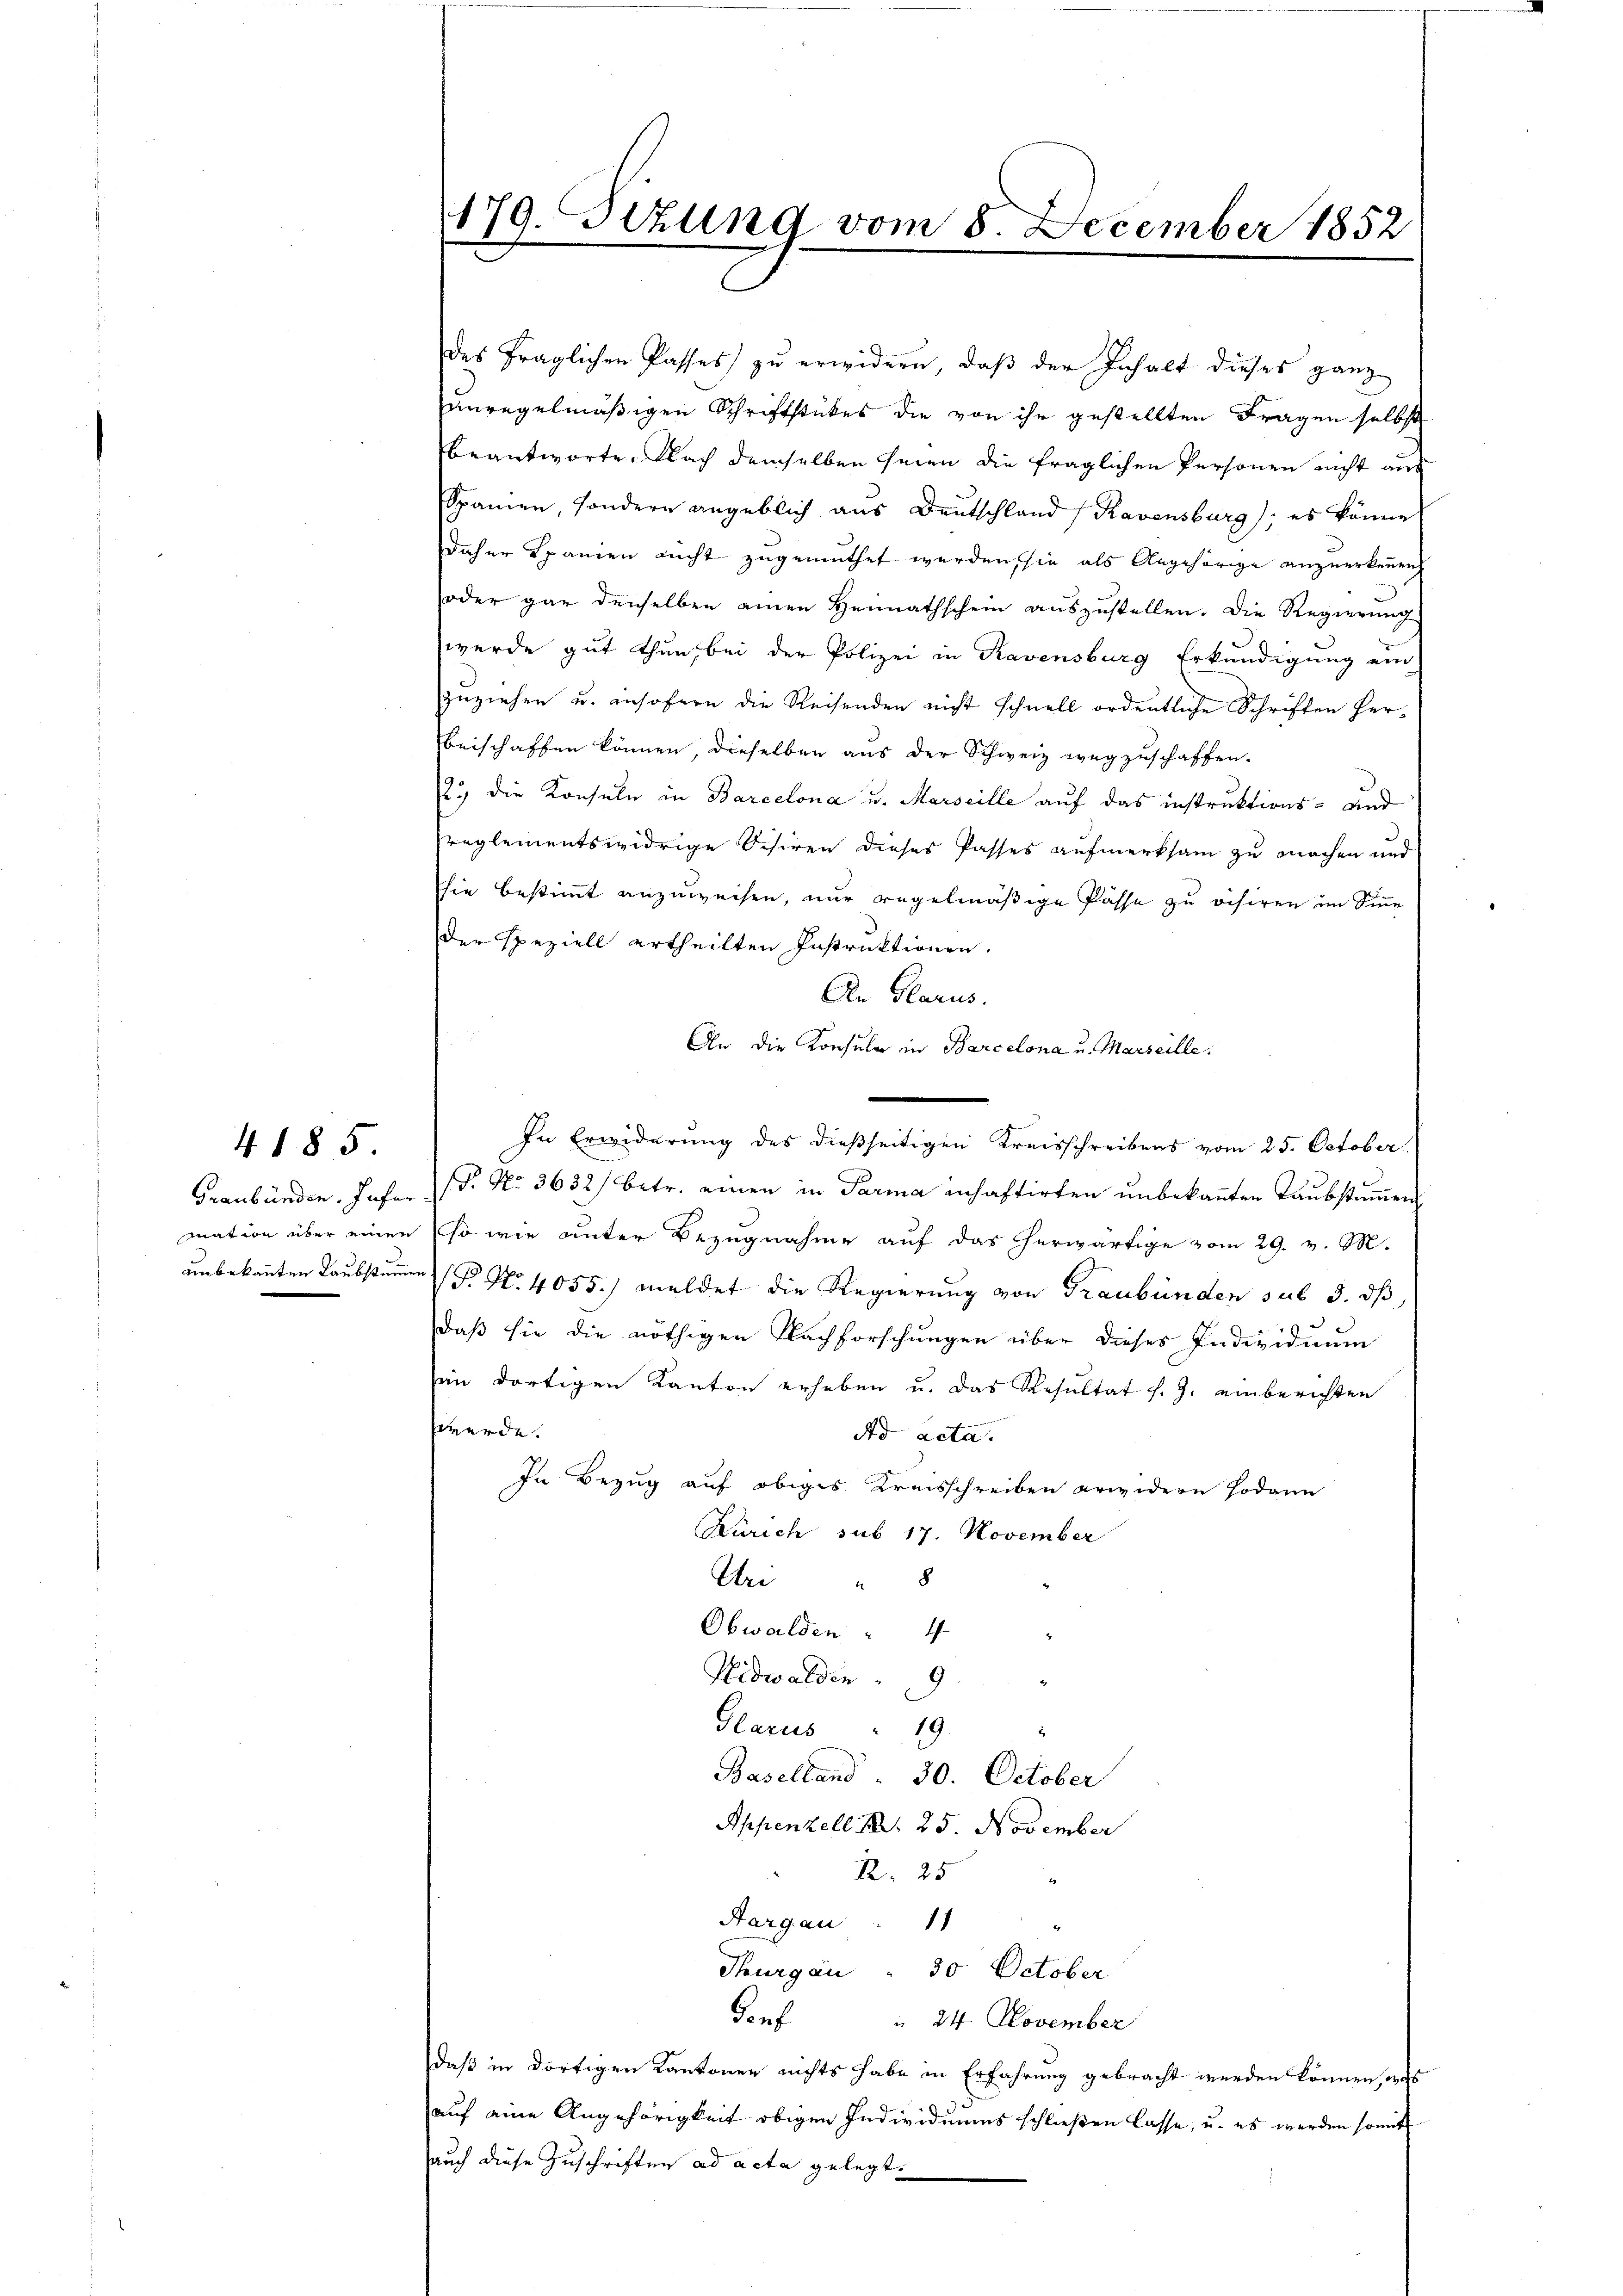
4185

179. Sizung vom 8. December 1852

des fraglichen Passes zu erwidern, daß der Inhalt dieses ganz
unregelmäßigen Schriftstückes die von ihr gestellten Fragen selbst
beantworte. Nach demselben seien die fraglichen Personen nicht aus
Spanien, sondern angeblich aus Deutschland Ravensburg; es könne
daher Spanien nicht zugemuthet werden, sie als Angehörige anzuerkennen
oder gar denselben einen Heimathschein auszustellen. Die Regierung
werde gut thun, bei der Polizei in Ravensburg Erkundigung ein
zuziehen u. ansofern die Reisenden nicht schnell ordentliche Schriften Herbeischaffen können, dieselben aus der Schweiz wegzuschaffen.
2.) die Konsule in Barcelona u. Marseille auf das instruktions- und
reglementswidrige Schiren dieses Passes aufmerksam zu machen und
sie bestimmt anzuweisen, nur regelmäßige Pässe zu visiren im Sinne
der speziell ertheilten Instruktionen.
An Glarus.
An die Konsula in Barcelona u. Marseille.
In Erwiderung des dießseitigen Kreisschreibens vom 25. October
Graubünden. Jahr. P. Nr. 3632/ betr. einen in Parma inhaftirten unbekannten Taubstummen
mation über einen so wie unter Bezugnahme auf das herwärtige vom 29. v. M.
unbekannten Taubstamen (P. Nr. 4055.) meldet die Regierung von Graubünden sub 5. dß
daß sie die nöthigen Nachforschungen über dieses Individuum
sein dortigen Kanton erheben u. das Resultat s. Z. einberichten
werde.
Ao acta.
In Bezug auf obiges Kreisschreiben erwidern sodann
Zürich sub 17. November
Ur " 8
Obwalden " 4
Nidwalden
Glarus
19
Baselland . 30. October
Appenzell Bd. 25. November
R. 25
Hargau
11
Thurgau " 30 October
dorf
 24. November
daß in dortigen Kantonen nichts habe in Erfahrung gebracht werden können, aus
auf eine Angehörigkeit obigen Individuums schließen lasse, u. es werden somit
auch diese Zuschriften ad acta gelegt.